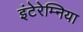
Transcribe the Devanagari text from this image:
इंटेरेम्निया